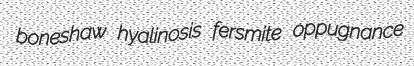
boneshaw hyalinosis fersmite oppugnance